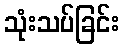
သုံးသပ်ခြင်း